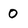
Character: 0